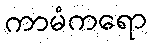
ကာမံကရော